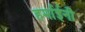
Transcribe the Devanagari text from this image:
हर्माईनी